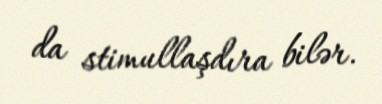
da stimullaşdıra bilər.